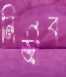
নির্জীব